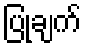
ပြုချက်